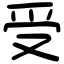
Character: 受